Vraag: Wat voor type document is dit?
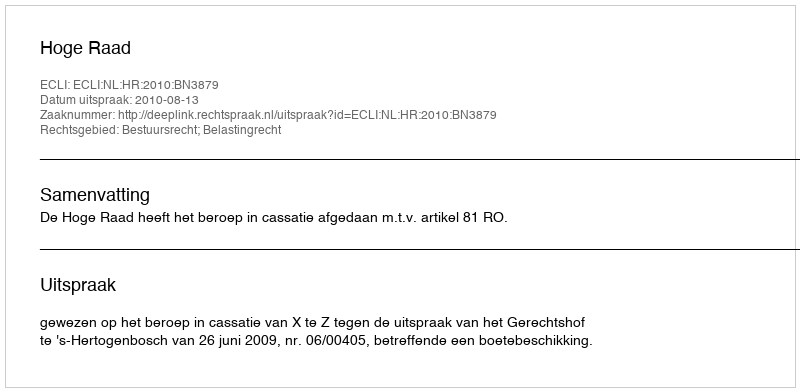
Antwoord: Uitspraak